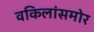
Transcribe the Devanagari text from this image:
वकिलांसमोर